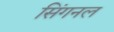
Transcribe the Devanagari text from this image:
सिंगनल